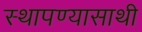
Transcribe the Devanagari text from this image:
स्थापण्यासाथी